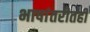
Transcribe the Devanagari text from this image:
भाषांतरीतही